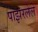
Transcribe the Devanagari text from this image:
पाझरलेले